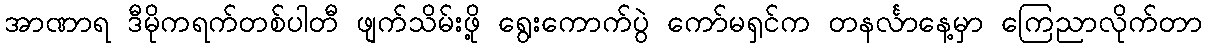
အာဏာရ ဒီမိုကရက်တစ်ပါတီ ဖျက်သိမ်းဖို့ ရွေးကောက်ပွဲ ကော်မရှင်က တနင်္လာနေ့မှာ ကြေညာလိုက်တာ